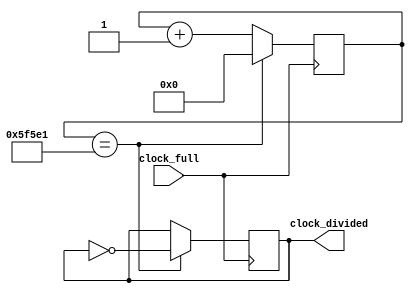
module ClockDivisor (input clock_full, output reg clock_divided);

reg [31:0] state;

initial begin
	state = 0;
	clock_divided = 0;
 end

	always @(posedge clock_full) begin

		 if (state == 390625) begin
			state = 0;
			clock_divided = ~clock_divided;
		 end
		 else begin
			state = state + 1;
		 end
    
	end

endmodule